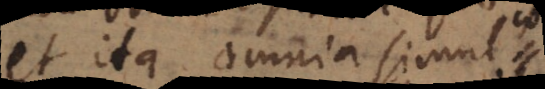
et ita omnia simul